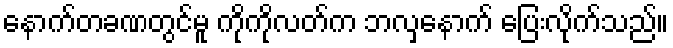
နောက်တခဏတွင်မူ ကိုကိုလတ်က ဘလှနောက် ပြေးလိုက်သည်။